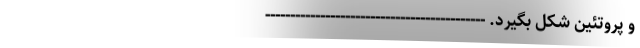
و پروتئین شکل بگیرد. --------------------------------------------